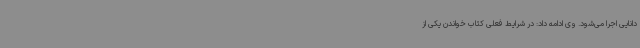
دانایی اجرا می‌شود. وی ادامه داد: در شرایط فعلی کتاب خواندن یکی از